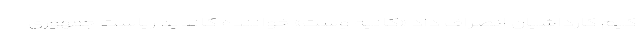
کیم‌ کارداشیان انصراف داد «کانیه وست» خواننده کاندید ریاست جمهوری